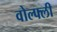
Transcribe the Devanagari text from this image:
वोल्फ्ली